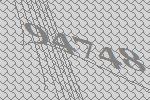
94748